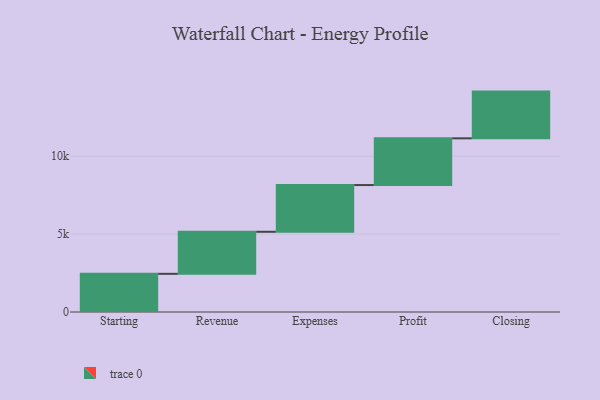
{"axis": {"x": "Step", "y": "Value"}, "legend": [""], "data": [{"x": "Starting", "y": 2451.0, "type": ""}, {"x": "Revenue", "y": 2699.0, "type": ""}, {"x": "Expenses", "y": 3000, "type": ""}, {"x": "Profit", "y": 3000, "type": ""}, {"x": "Closing", "y": 3000, "type": ""}]}